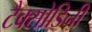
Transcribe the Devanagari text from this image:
टैक्सोडिनी